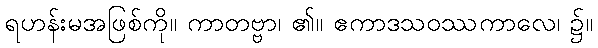
ရဟန်းမအဖြစ်ကို။ ကာတဗ္ဗာ၊ ၏။ ဧကာဒသဝဿကာလေ၊ ၌။